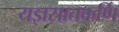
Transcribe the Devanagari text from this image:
यज्ञसातकर्णि